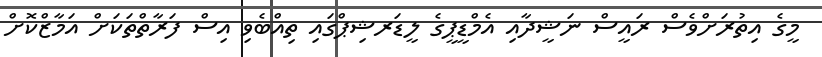
މީގެ އިތުރަށްވެސް ރައީސް ނަޝީދާއި އެމްޑީޕީގެ ލީޑަރޝިޕްގައި ތިއްބެވި އިސް ފަރާތްތަކަށް އަމާޒްކޮށް